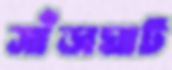
সাঁড়াঘাট